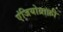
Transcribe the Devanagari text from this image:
एंजियोग्राफ़ी